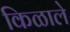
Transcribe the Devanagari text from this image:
किळाले